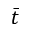
\bar { t }